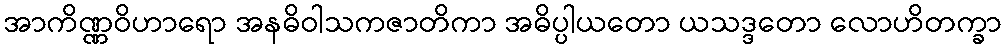
အာကိဏ္ဏဝိဟာရော အနဓိဝါသကဇာတိကာ အဓိပ္ပါယတော ယသဒ္ဒတော လောဟိတက္ခာ